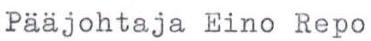
Pääjohtaja Eino Repo